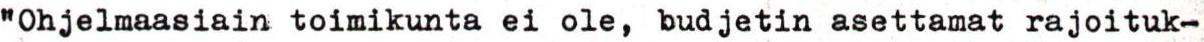
"Ohjelmaasiain toimikunta ei ole, budjetin asettamat rajoituk-